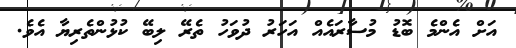
އަށް އެންމެ ބޮޑު މުސާރައެއް އަހަރު ދުވަހު ތެރޭ ލިބޭ ކުޅުންތެރިޔާ އެވެ.